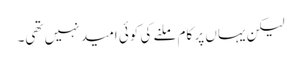
لیکن یہاں پر کام ملنے کی کوئی امید نہیں تھی۔